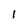
Character: l